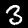
Digit: 3